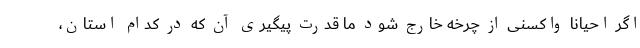
اگر احیانا واکسنی از چرخه خارج شود ما قدرت پیگیری آن که در کدام استان،